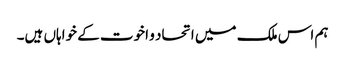
ہم اس ملک میں اتحاد و اخوت کے خواہاں ہیں۔